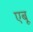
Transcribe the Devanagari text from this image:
एबू